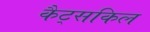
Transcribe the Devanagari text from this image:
कैट्सकिल